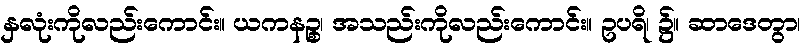
နှလုံးကိုလည်းကောင်း။ ယကနဉ္စ၊ အသည်းကိုလည်းကောင်း။ ဥပရိ၊ ၌။ ဆာဒေတွာ၊